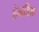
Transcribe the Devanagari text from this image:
हेनडिक